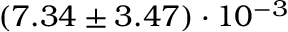
( 7 . 3 4 \pm 3 . 4 7 ) \cdot 1 0 ^ { - 3 }